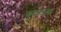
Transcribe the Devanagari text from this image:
चुनावला